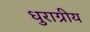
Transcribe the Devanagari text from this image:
धुराग्रीय